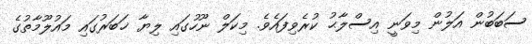
ސަބަބުން އަލުން މިވަނީ އިސްލާޙު ކުރެވިފައެވެ. މިކަލް ނޫހުގައި ލިޔާ ޚަބަރުގައި މައުލޫމާތުގެ